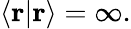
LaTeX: \langle\mathbf{r}|\mathbf{r}\rangle=\infty.